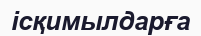
ісқимылдарға